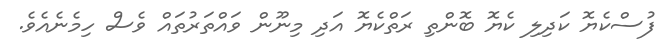
ފުސްކެޔޮ ކަދިލި ކެޔޮ ބޮންތި ރަތްކެޔޮ އަދި މިނޫން ވައްތަރުތައް ވެސް ހިމެނެއެވެ.